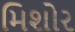
મિશોર